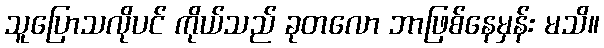
သူပြောသလိုပင် ကိုယ်သည် ခုတလော ဘာဖြစ်နေမှန်း မသိ။